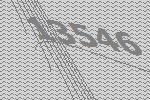
13546